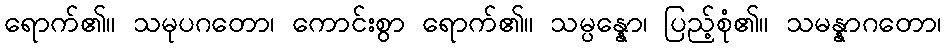
ရောက်၏။ သမုပဂတော၊ ကောင်းစွာ ရောက်၏။ သမ္ပန္နော၊ ပြည့်စုံ၏။ သမန္နာဂတော၊